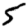
Digit: 5